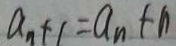
a _ { n } + 1 = a _ { n } + n